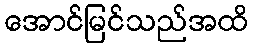
အောင်မြင်သည်အထိ